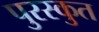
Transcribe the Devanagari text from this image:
पुरस्कुत